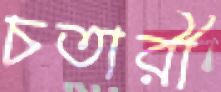
চতারী